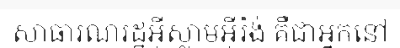
សាធារណរដ្ឋអ៊ីស្លាមអ៊ីរ៉ង់ គឺជាអ្នកនៅ